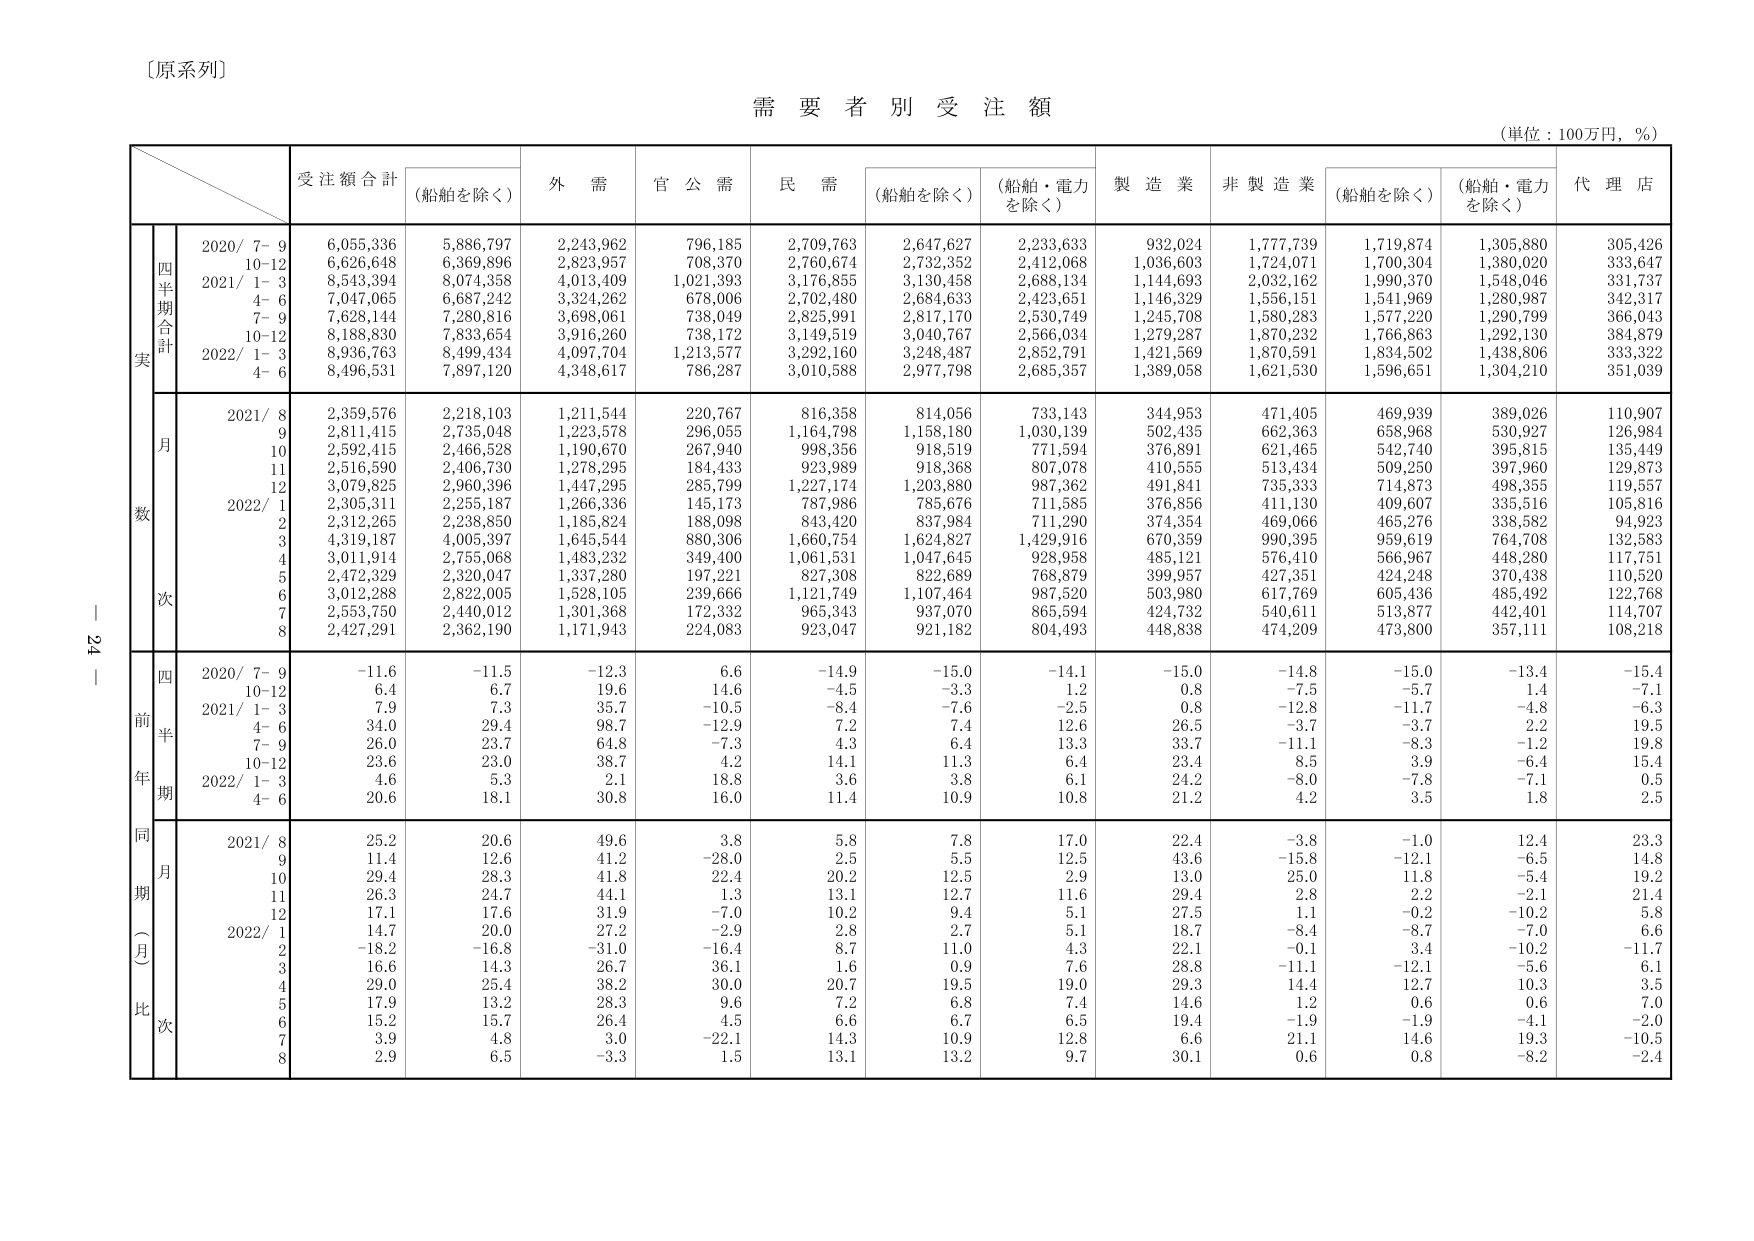
〔原系列〕

需要者別受注額

（単位：100万円，％）

受注額合計
（船舶を除く）
外需
官公需
民需
（船舶を除く）
（船舶・電力を除く）
製造業
非製造業
（船舶を除く）
（船舶・電力を除く）
代理店

四半期合計
実
2020/ 7－9
6,055,336
5,886,797
2,243,962
796,185
2,709,763
2,647,627
2,233,633
932,024
1,777,739
1,719,874
1,305,880
305,426
10－12
6,626,648
6,369,896
2,823,957
708,370
2,760,674
2,732,352
2,412,068
1,036,603
1,724,071
1,700,304
1,380,020
333,647
2021/ 1－3
8,543,394
8,074,358
4,013,409
1,021,393
3,176,855
3,130,458
2,688,134
1,144,693
2,032,162
1,990,370
1,548,046
331,737
4－6
7,047,065
6,687,242
3,324,262
678,006
2,702,480
2,684,633
2,423,651
1,146,329
1,556,151
1,541,969
1,280,987
342,317
7－9
7,628,144
7,280,816
3,698,061
738,049
2,825,991
2,817,170
2,530,749
1,245,708
1,580,283
1,577,220
1,290,799
366,043
10－12
8,188,830
7,833,654
3,916,260
738,172
3,149,519
3,040,767
2,566,034
1,279,287
1,870,232
1,766,863
1,292,130
384,879
2022/ 1－3
8,936,763
8,499,434
4,097,704
1,213,577
3,292,160
3,248,487
2,852,791
1,421,569
1,870,591
1,834,502
1,438,806
333,322
4－6
8,496,531
7,897,120
4,348,617
786,287
3,010,588
2,977,798
2,685,357
1,389,058
1,621,530
1,596,651
1,304,210
351,039

月数
2021/ 8
2,359,576
2,218,103
1,211,544
220,767
816,358
814,056
733,143
344,953
471,405
469,939
389,026
110,907
9
2,811,415
2,735,048
1,223,578
296,055
1,164,798
1,158,180
1,030,139
502,435
662,363
658,968
530,927
126,984
10
2,592,415
2,466,528
1,190,670
267,940
998,356
918,519
771,594
376,891
621,465
542,740
395,815
135,449
11
2,516,590
2,406,730
1,278,295
184,433
923,989
918,368
807,078
410,555
513,434
509,250
397,960
129,873
12
3,079,825
2,960,396
1,447,295
285,799
1,227,174
1,203,880
987,362
491,841
735,333
714,873
498,355
119,557
2022/ 1
2,305,311
2,255,187
1,266,336
145,173
787,986
785,676
711,585
376,856
411,130
409,607
335,516
105,816
2
2,312,265
2,238,850
1,185,824
188,098
843,420
837,984
711,290
374,354
469,066
465,276
338,582
94,923
3
4,319,187
4,005,397
1,645,544
880,306
1,660,754
1,624,827
1,429,916
670,359
990,395
959,619
764,708
132,583
4
3,011,914
2,755,068
1,483,232
349,400
1,061,531
1,047,645
928,958
485,121
576,410
566,967
448,280
117,751
5
2,472,329
2,320,047
1,337,280
197,221
827,308
822,689
768,879
399,957
427,351
424,248
370,438
110,520
6
3,012,288
2,822,005
1,528,105
239,666
1,121,749
1,107,464
987,520
503,980
617,769
605,436
485,492
122,768
7
2,553,750
2,440,012
1,301,368
172,332
965,343
937,070
865,594
424,732
540,611
513,877
442,401
114,707
8
2,427,291
2,362,190
1,171,943
224,083
923,047
921,182
804,493
448,838
474,209
473,800
357,111
108,218

四半期
前年比
2020/ 7－9
−11.6
−11.5
−12.3
6.6
−14.9
−15.0
−14.1
−15.0
−14.8
−15.0
−13.4
−15.4
10－12
6.4
6.7
19.6
14.6
−4.5
−3.3
1.2
0.8
−7.5
−5.7
1.4
−7.1
2021/ 1－3
7.9
7.3
35.7
−10.5
−8.4
−7.6
−2.5
0.8
−12.8
−11.7
−4.8
−6.3
4－6
34.0
29.4
98.7
−12.9
7.2
7.4
12.6
26.5
−3.7
−3.7
2.2
19.5
7－9
26.0
23.7
64.8
−7.3
4.3
6.4
13.3
33.7
−11.1
−8.3
−1.2
19.8
10－12
23.6
23.0
38.7
4.2
14.1
11.3
6.4
23.4
8.5
3.9
−6.4
15.4
2022/ 1－3
4.6
5.3
2.1
18.8
3.6
3.8
6.1
24.2
−8.0
−7.8
−7.1
0.5
4－6
20.6
18.1
30.8
16.0
11.4
10.9
10.8
21.2
4.2
3.5
1.8
2.5

同期比
（月次）
2021/ 8
25.2
20.6
49.6
3.8
5.8
7.8
17.0
22.4
−3.8
−1.0
12.4
23.3
9
11.4
12.6
41.2
−28.0
2.5
5.5
12.5
43.6
−15.8
−12.1
−6.5
14.8
10
29.4
28.3
41.8
22.4
20.2
12.5
2.9
13.0
25.0
11.8
−5.4
19.2
11
26.3
24.7
44.1
1.3
13.1
12.7
11.6
29.4
2.8
2.2
−2.1
21.4
12
17.1
17.6
31.9
−7.0
10.2
9.4
5.1
27.5
1.1
−0.2
−10.2
5.8
2022/ 1
14.7
20.0
27.2
−2.9
2.8
2.7
5.1
18.7
−8.4
−8.7
−7.0
6.6
2
−18.2
−16.8
−31.0
−16.4
8.7
11.0
4.3
22.1
−0.1
3.4
−10.2
−11.7
3
16.6
14.3
26.7
36.1
1.6
0.9
7.6
28.8
−11.1
−12.1
−5.6
6.1
4
29.0
25.4
38.2
30.0
20.7
19.5
19.0
29.3
14.4
12.7
10.3
3.5
5
17.9
13.2
28.3
9.6
7.2
6.8
7.4
14.6
1.2
0.6
0.6
7.0
6
15.2
15.7
26.4
4.5
6.6
6.7
6.5
19.4
−1.9
−1.9
−4.1
−2.0
7
3.9
4.8
3.0
−22.1
14.3
10.9
12.8
6.6
21.1
14.6
19.3
−10.5
8
2.9
6.5
−3.3
1.5
13.1
13.2
9.7
30.1
0.6
0.8
−8.2
−2.4

－24－